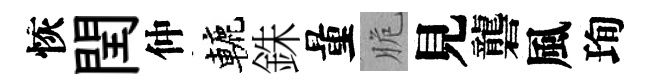
恢閏仲轆銖量脆見礱風珣